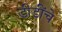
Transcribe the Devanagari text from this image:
डीडींचे